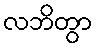
လဘိတွာ